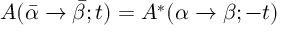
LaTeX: A ( \bar { \alpha } \rightarrow \bar { \beta } ; t ) = A ^ { * } ( \alpha \rightarrow \beta ; - t )